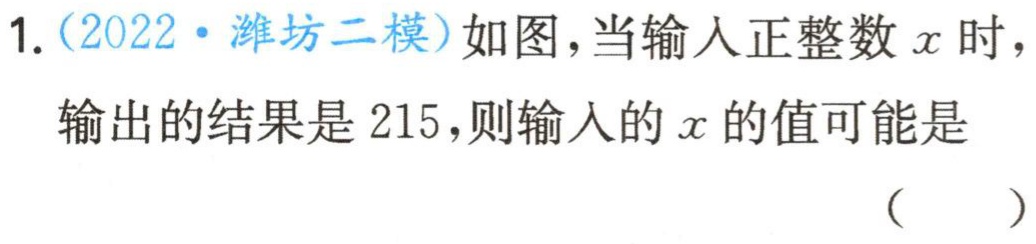
1.（2022·潍坊二模）如图，当输入正整数\(x\)时，输出的结果是\(215\)，则输入的\(x\)的值可能是 （  ）